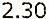
2.30